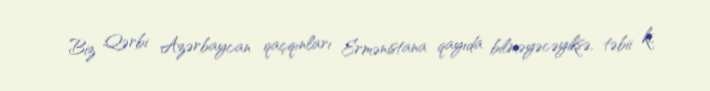
Biz Qərbi Azərbaycan qaçqınları Ermənistana qayıda bilməyəcəyiksə, təbii ki,